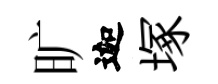
旷迦塚